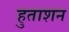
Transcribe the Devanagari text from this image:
हुताशन